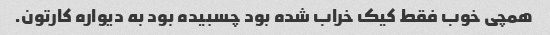
همچی خوب فقط کیک خراب شده بود چسبیده بود به دیواره کارتون.